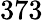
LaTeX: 373